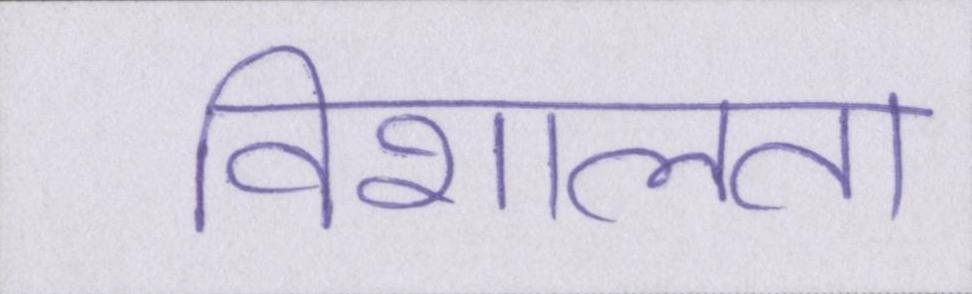
विशालता